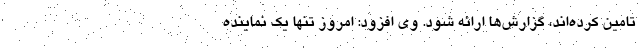
تامین کرده‌اند، گزارش‌ها ارائه شود. وی افزود: امروز تنها یک نماینده